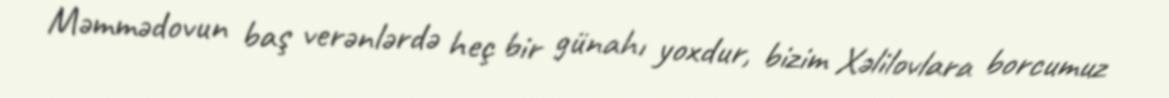
Məmmədovun baş verənlərdə heç bir günahı yoxdur, bizim Xəlilovlara borcumuz